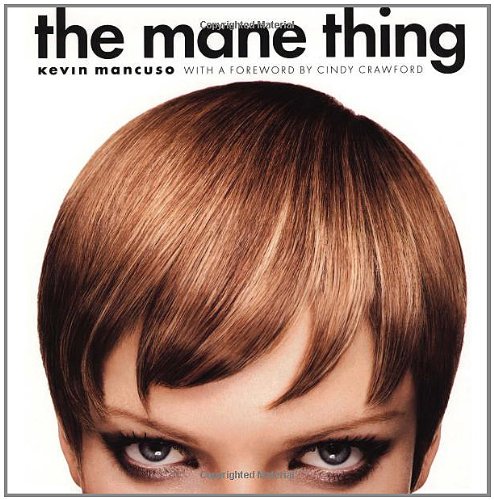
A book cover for The Mane Thing: Foreword by Cindy Crawford; Kevin Mancuso; Health, Fitness & Dieting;